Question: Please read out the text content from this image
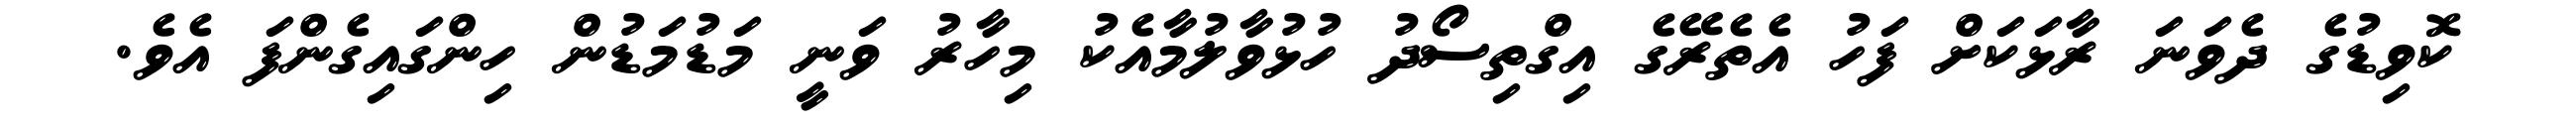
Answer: ކޮވިޑުގެ ދެވަނަ ރާޅަކަށް ފަހު އެތެރޭގެ އިގްތިސޯދު ހުޅުވާލުމާއެކު މިހާރު ވަނީ މަޑުމަޑުން ހިންގައިގެންފަ އެވެ.